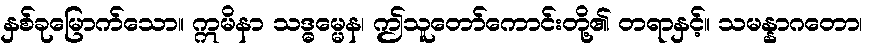
နှစ်ခုမြောက်သော။ ဣမိနာ သဒ္ဓမ္မေန၊ ဤသူတော်ကောင်းတို့၏ တရာနှင့်။ သမန္နာဂတော၊